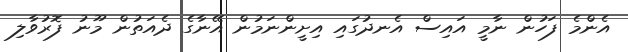
އެންމެ ފަހުން ނާމީ އައިސް އެނދުގައި އިށީންނަމުން އޭނާގެ ދެއަތުން މޫނު ފޮރުވާލި